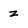
Character: z